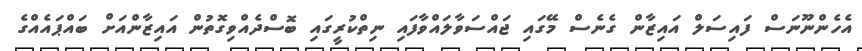
އެހެންނޫނަސް ފައިސަލް އައިޒާން ގެނެސް މޭގައި ޖައްސަވާލައްވާފައި ނިތްކުރީގައި ބޮސްދެއްވިގޮތުން އައިޒާންއަށް ބައްޕައެއްގެ